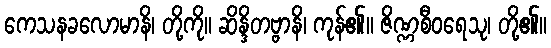
ကေသနခလောမာနိ၊ တို့ကို။ ဆိန္ဒိတဗ္ဗာနိ၊ ကုန်၏။ ဇိဏ္ဏစီဝရေသု၊ တို့၏။